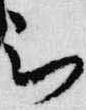
被